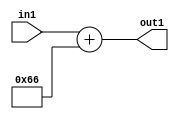
`timescale 1ps / 1ps
/*****************************************************************************
    Verilog RTL Description
    
    
    Created by: Stratus DpOpt 2019.1.01 
*******************************************************************************/

module DC_Filter_Add_12U_216_4 (
	in1,
	out1
	); /* architecture "behavioural" */ 
input [11:0] in1;
output [11:0] out1;
wire [11:0] asc001;

assign asc001 = 
	+(in1)
	+(12'B000001100110);

assign out1 = asc001;
endmodule

/* CADENCE  urn1TQ0= : u9/ySgnWtBlWxVPRXgAZ4Og= ** DO NOT EDIT THIS LINE ******/